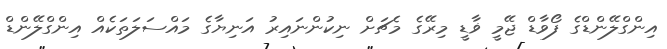
އިންގްލޭންޑްގެ ފޯވާޑް ޖޭމީ ޥާޑީ މިރޭގެ މެޗަށް ނިކުންނައިރު އަނިޔާގެ މައްސަލަތަކެއް އިންގްލޭންޑް